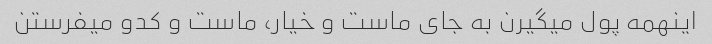
اینهمه پول میگیرن به جای ماست و خیار، ماست و کدو میفرستن